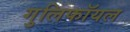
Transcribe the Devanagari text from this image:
गुलिफॉयल